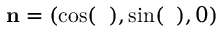
{ \bf n } = ( \cos ( { \it \Delta \phi } ) , \sin ( { \it \Delta \phi } ) , 0 )